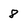
Character: 8